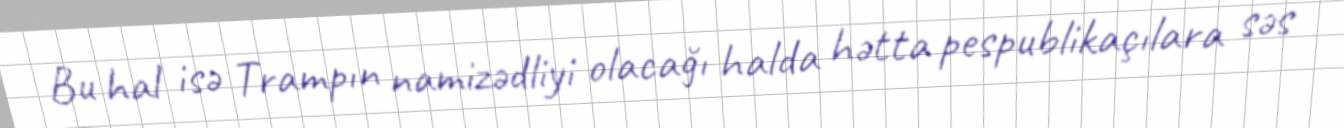
Bu hal isə Trampın namizədliyi olacağı halda hətta pespublikaçılara səs